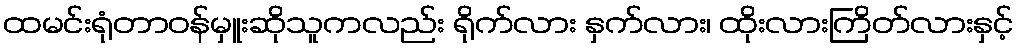
ထမင်းရုံတာဝန်မှူးဆိုသူကလည်း ရိုက်လား နှက်လား၊ ထိုးလားကြိတ်လားနှင့်